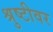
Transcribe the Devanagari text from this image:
श्रुष्टीवर